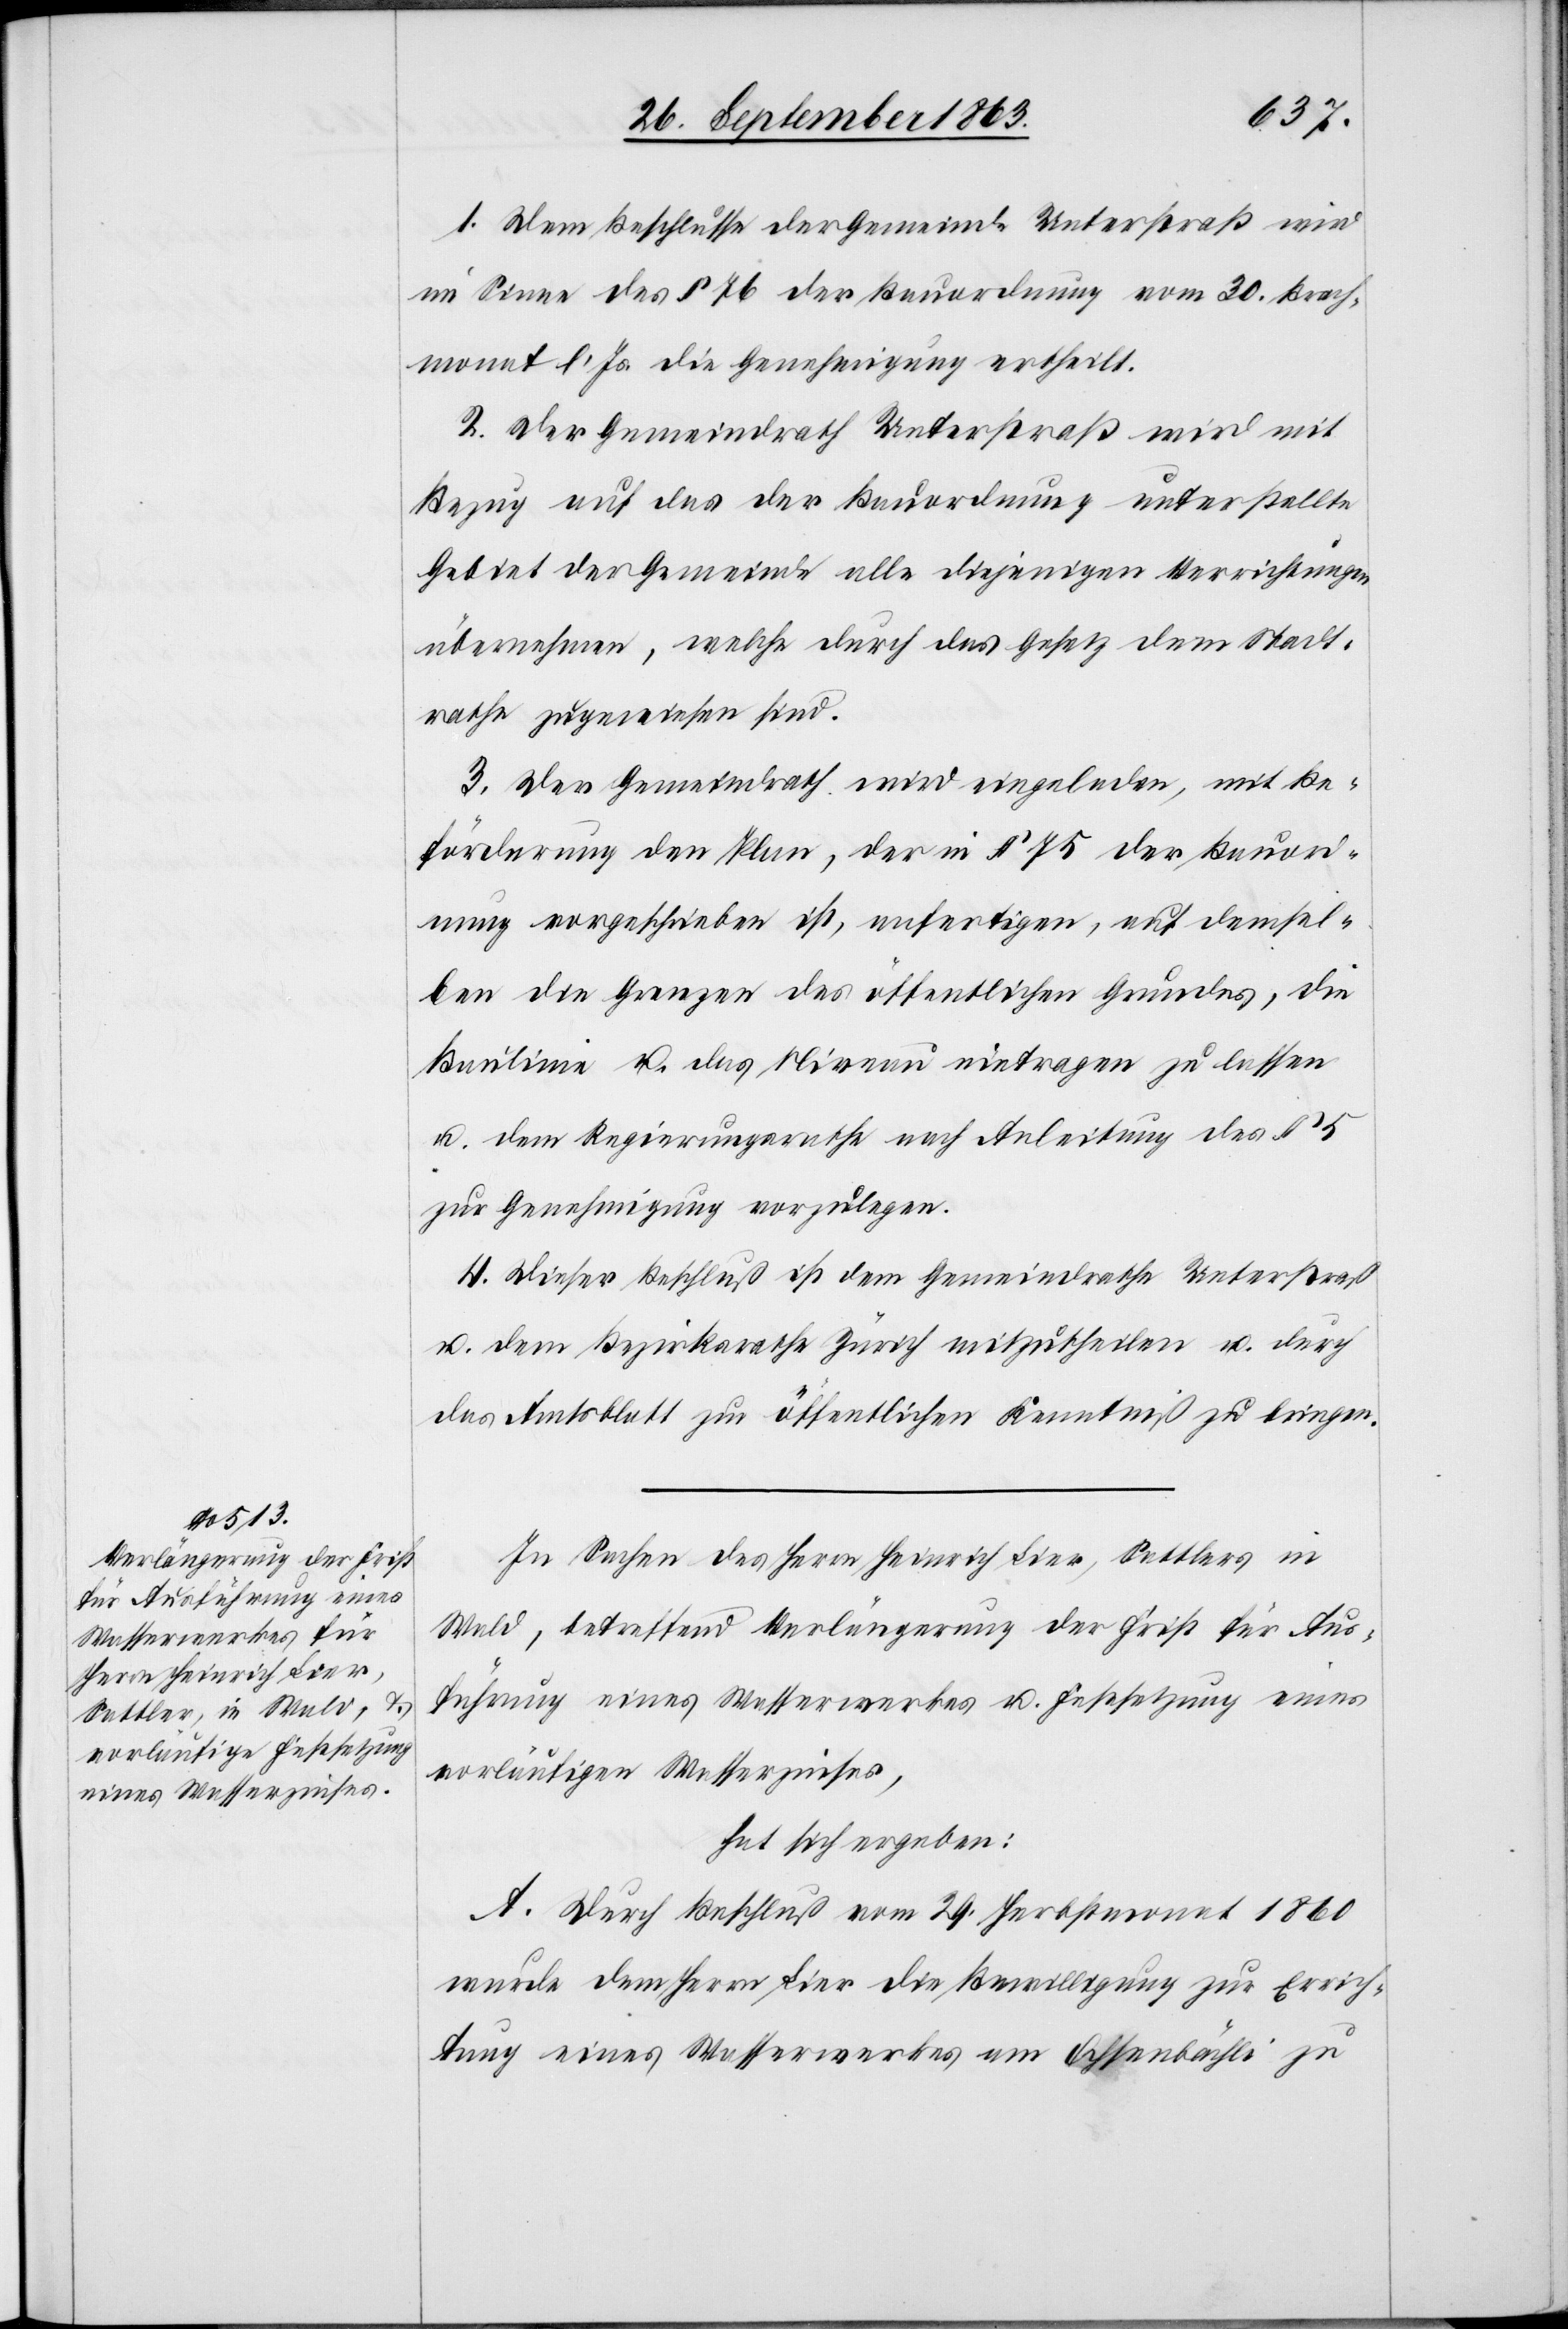
1. Dem Beschlusse der Gemeinde Unterstraß wird
im Sinne des § 76 der Bauordnung vom 30. Brach¬
monat l. Js. die Genehmigung ertheilt.
2. Der Gemeindrath Unterstraße wird mit
Bezug auf das der Bauordnung unterstellte
Gebiet der Gemeinde alle diejenigen Verrichtungen
übernehmen, welche durch das Gesetz dem Stadt¬
rathe zugewiesen sind.
3. Der Gemeindrath wird eingeladen, mit Be¬
förderung den Plan, der in § 75 der Bauord¬
nung vorgeschrieben ist, anfertigen, auf demsel¬
ben die Grenzen des öffentlichen Grundes, die
Baulinie u. das Niveau eintragen zu lassen
u. dem Regierungsrathe nach Anleitung des § 5
zur Genehmigung vorzulegen.
4. Dieser Beschluß ist dem Gemeindrathe Unterstraß
u. dem Bezirksrathe Zürich mitzutheilen u. durch
das Amtsblatt zur öffentlichen Kenntniß zu bringen.
In Sachen des Herrn Heinrich Lier, Sattlers in
Wald, betreffend Verlängerung der Frist für Aus¬
führung eines Wasserwerkes u. Festsetzung eines
vorläufigen Wasserzinses,
hat sich ergeben:
A. Durch Beschluß vom 29. Herbstmonat 1860
wurde dem Herrn Lier die Bewilligung zur Errich¬
tung eines Wasserwerkes am Ochsenbächli zu